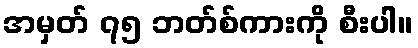
အမှတ် ၇၅ ဘတ်စ်ကားကို စီးပါ။